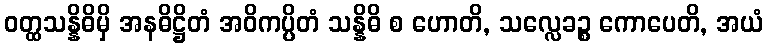
ဝတ္ထသန္နိဓိမှိ အနဓိဋ္ဌိတံ အဝိကပ္ပိတံ သန္နိဓိ စ ဟောတိ, သလ္လေခဉ္စ ကောပေတိ, အယံ